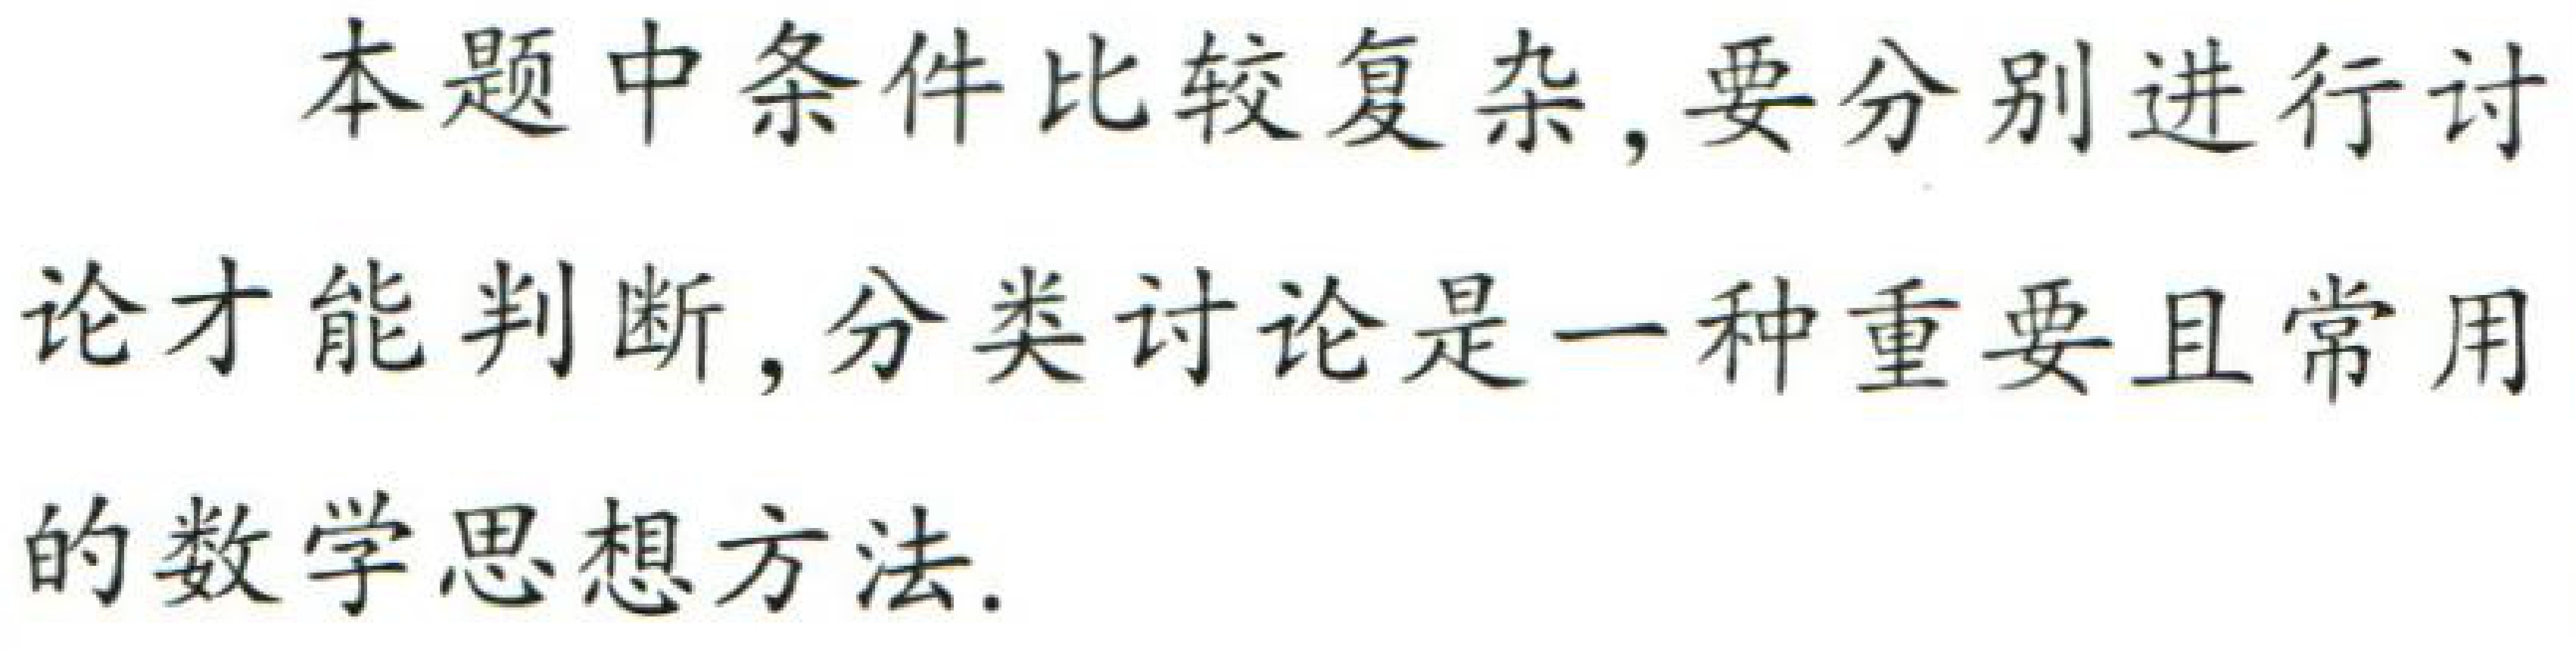
本题中条件比较复杂, 要分别进行讨论才能判断, 分类讨论是一种重要且常用的数学思想方法.